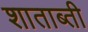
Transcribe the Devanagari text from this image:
शाताब्ती